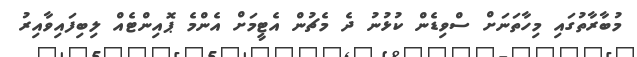
މުބާރާތުގައި މިހާތަނަށް ސްވިޑެން ކުޅުނު ދެ މެޗުން އެޓީމަށް އެންމެ ޕޮއިންޓެއް ލިބިފައިވާއިރު